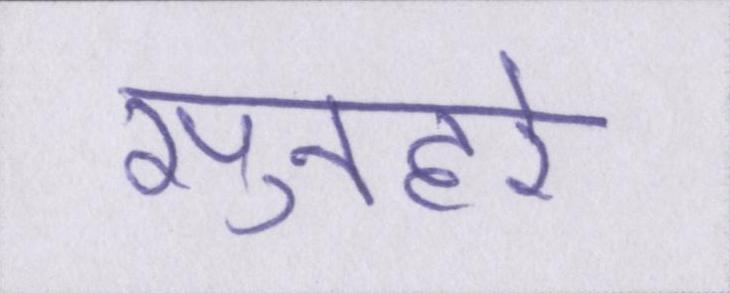
सुनहरे